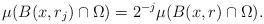
LaTeX: \begin{align*}\mu(B(x,r_j)\cap\Omega)=2^{-j}\mu(B(x,r)\cap\Omega).\end{align*}